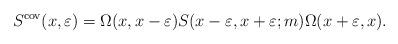
LaTeX: \begin{align*}S^{{\rm cov}}(x,\varepsilon )=\Omega (x,x-\varepsilon )S(x-\varepsilon,x+\varepsilon ;m)\Omega (x+\varepsilon ,x).\end{align*}